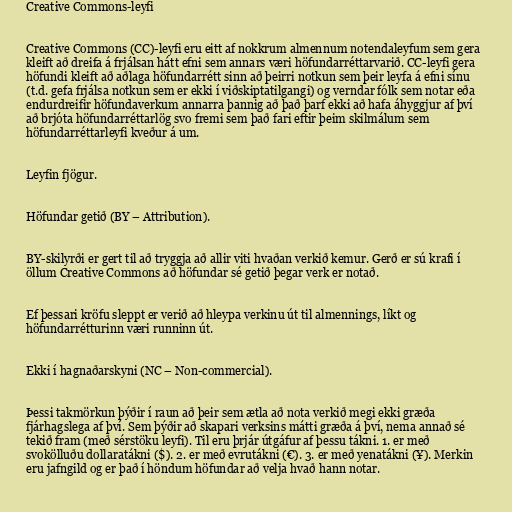
Creative Commons-leyfi

Creative Commons (CC)-leyfi eru eitt af nokkrum almennum notendaleyfum sem gera
kleift að dreifa á frjálsan hátt efni sem annars væri höfundarréttarvarið. CC-leyfi gera
höfundi kleift að aðlaga höfundarrétt sinn að þeirri notkun sem þeir leyfa á efni sínu
(t.d. gefa frjálsa notkun sem er ekki í viðskiptatilgangi) og verndar fólk sem notar eða
endurdreifir höfundaverkum annarra þannig að það þarf ekki að hafa áhyggjur af því
að brjóta höfundarréttarlög svo fremi sem það fari eftir þeim skilmálum sem
höfundarréttarleyfi kveður á um.

Leyfin fjögur.

Höfundar getið (BY – Attribution).

BY-skilyrði er gert til að tryggja að allir viti hvaðan verkið kemur. Gerð er sú krafi í
öllum Creative Commons að höfundar sé getið þegar verk er notað.

Ef þessari kröfu sleppt er verið að hleypa verkinu út til almennings, líkt og
höfundarrétturinn væri runninn út.

Ekki í hagnaðarskyni (NC – Non-commercial).

Þessi takmörkun þýðir í raun að þeir sem ætla að nota verkið megi ekki græða
fjárhagslega af því. Sem þýðir að skapari verksins mátti græða á því, nema annað sé
tekið fram (með sérstöku leyfi). Til eru þrjár útgáfur af þessu tákni. 1. er með
svokölluðu dollaratákni ($). 2. er með evrutákni (€). 3. er með yenatákni (¥). Merkin
eru jafngild og er það í höndum höfundar að velja hvað hann notar.